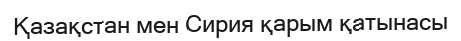
Қазақстан мен Сирия қарым қатынасы